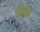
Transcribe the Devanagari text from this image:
सैंडोज़